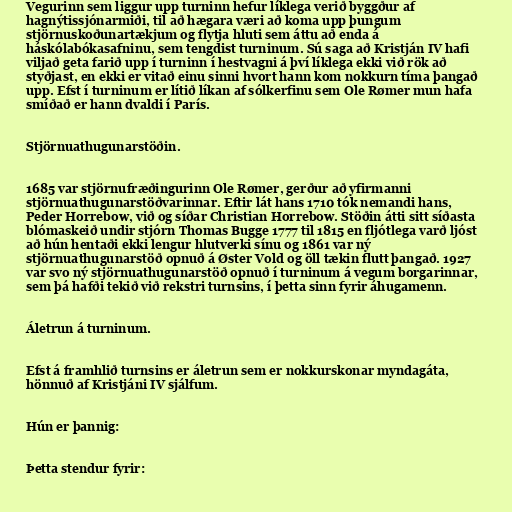
Vegurinn sem liggur upp turninn hefur líklega verið byggður af
hagnýtissjónarmiði, til að hægara væri að koma upp þungum
stjörnuskoðunartækjum og flytja hluti sem áttu að enda á
háskólabókasafninu, sem tengdist turninum. Sú saga að Kristján IV hafi
viljað geta farið upp í turninn í hestvagni á því líklega ekki við rök að
styðjast, en ekki er vitað einu sinni hvort hann kom nokkurn tíma þangað
upp. Efst í turninum er lítið líkan af sólkerfinu sem Ole Rømer mun hafa
smíðað er hann dvaldi í París.

Stjörnuathugunarstöðin.

1685 var stjörnufræðingurinn Ole Rømer, gerður að yfirmanni
stjörnuathugunarstöðvarinnar. Eftir lát hans 1710 tók nemandi hans,
Peder Horrebow, við og síðar Christian Horrebow. Stöðin átti sitt síðasta
blómaskeið undir stjórn Thomas Bugge 1777 til 1815 en fljótlega varð ljóst
að hún hentaði ekki lengur hlutverki sínu og 1861 var ný
stjörnuathugunarstöð opnuð á Øster Vold og öll tækin flutt þangað. 1927
var svo ný stjörnuathugunarstöð opnuð í turninum á vegum borgarinnar,
sem þá hafði tekið við rekstri turnsins, í þetta sinn fyrir áhugamenn.

Áletrun á turninum.

Efst á framhlið turnsins er áletrun sem er nokkurskonar myndagáta,
hönnuð af Kristjáni IV sjálfum.

Hún er þannig:

Þetta stendur fyrir: